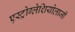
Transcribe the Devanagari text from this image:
एस्ट्रोग्लेशियोलाजी